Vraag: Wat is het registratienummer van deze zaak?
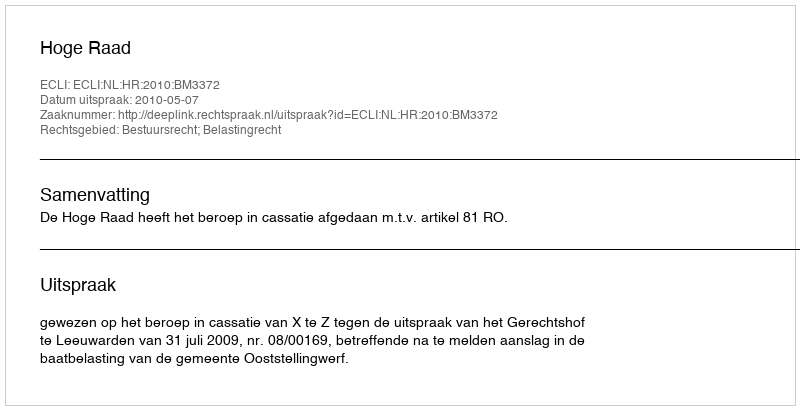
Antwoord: http://deeplink.rechtspraak.nl/uitspraak?id=ECLI:NL:HR:2010:BM3372